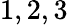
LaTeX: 1,2,3